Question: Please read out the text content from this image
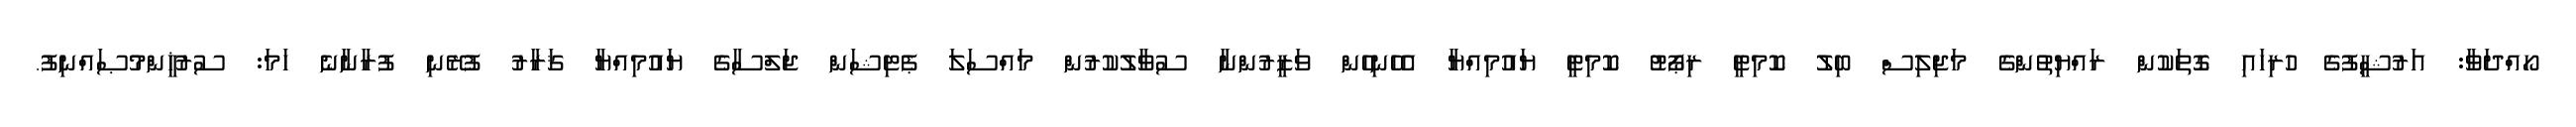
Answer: ހޯއްދަވާ: އަރުޝީފުގެ ހުރިހައި ގޮތަކުން ރައްޔިތުންގެ މަޖިލިސް ބިލު ކޮމިޓީ ރިޕޯޓު ކޮމިޓީ ޔައުމިއްޔާ އެހެނިހެން ވަޒީރުންނާ ސުވާލުކުރުން މައްސަލަ ޕެޓިޝަން ޖަލްސާގެ ޔައުމިއްޔާ ޤަރާރު ފުރޭނި ފުރާނާނެ ހަމަ: ސުރުޚީންމުޞައްނިފު.